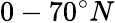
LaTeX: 0-70^{\circ}N